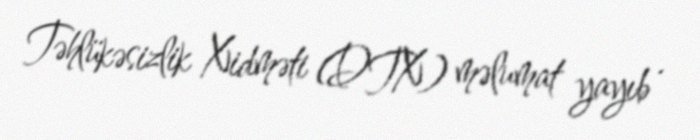
Təhlükəsizlik Xidməti (DTX) məlumat yayıb .